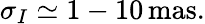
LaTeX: \sigma_{I}\simeq 1-10\, \mathrm{mas}.